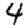
Digit: 4